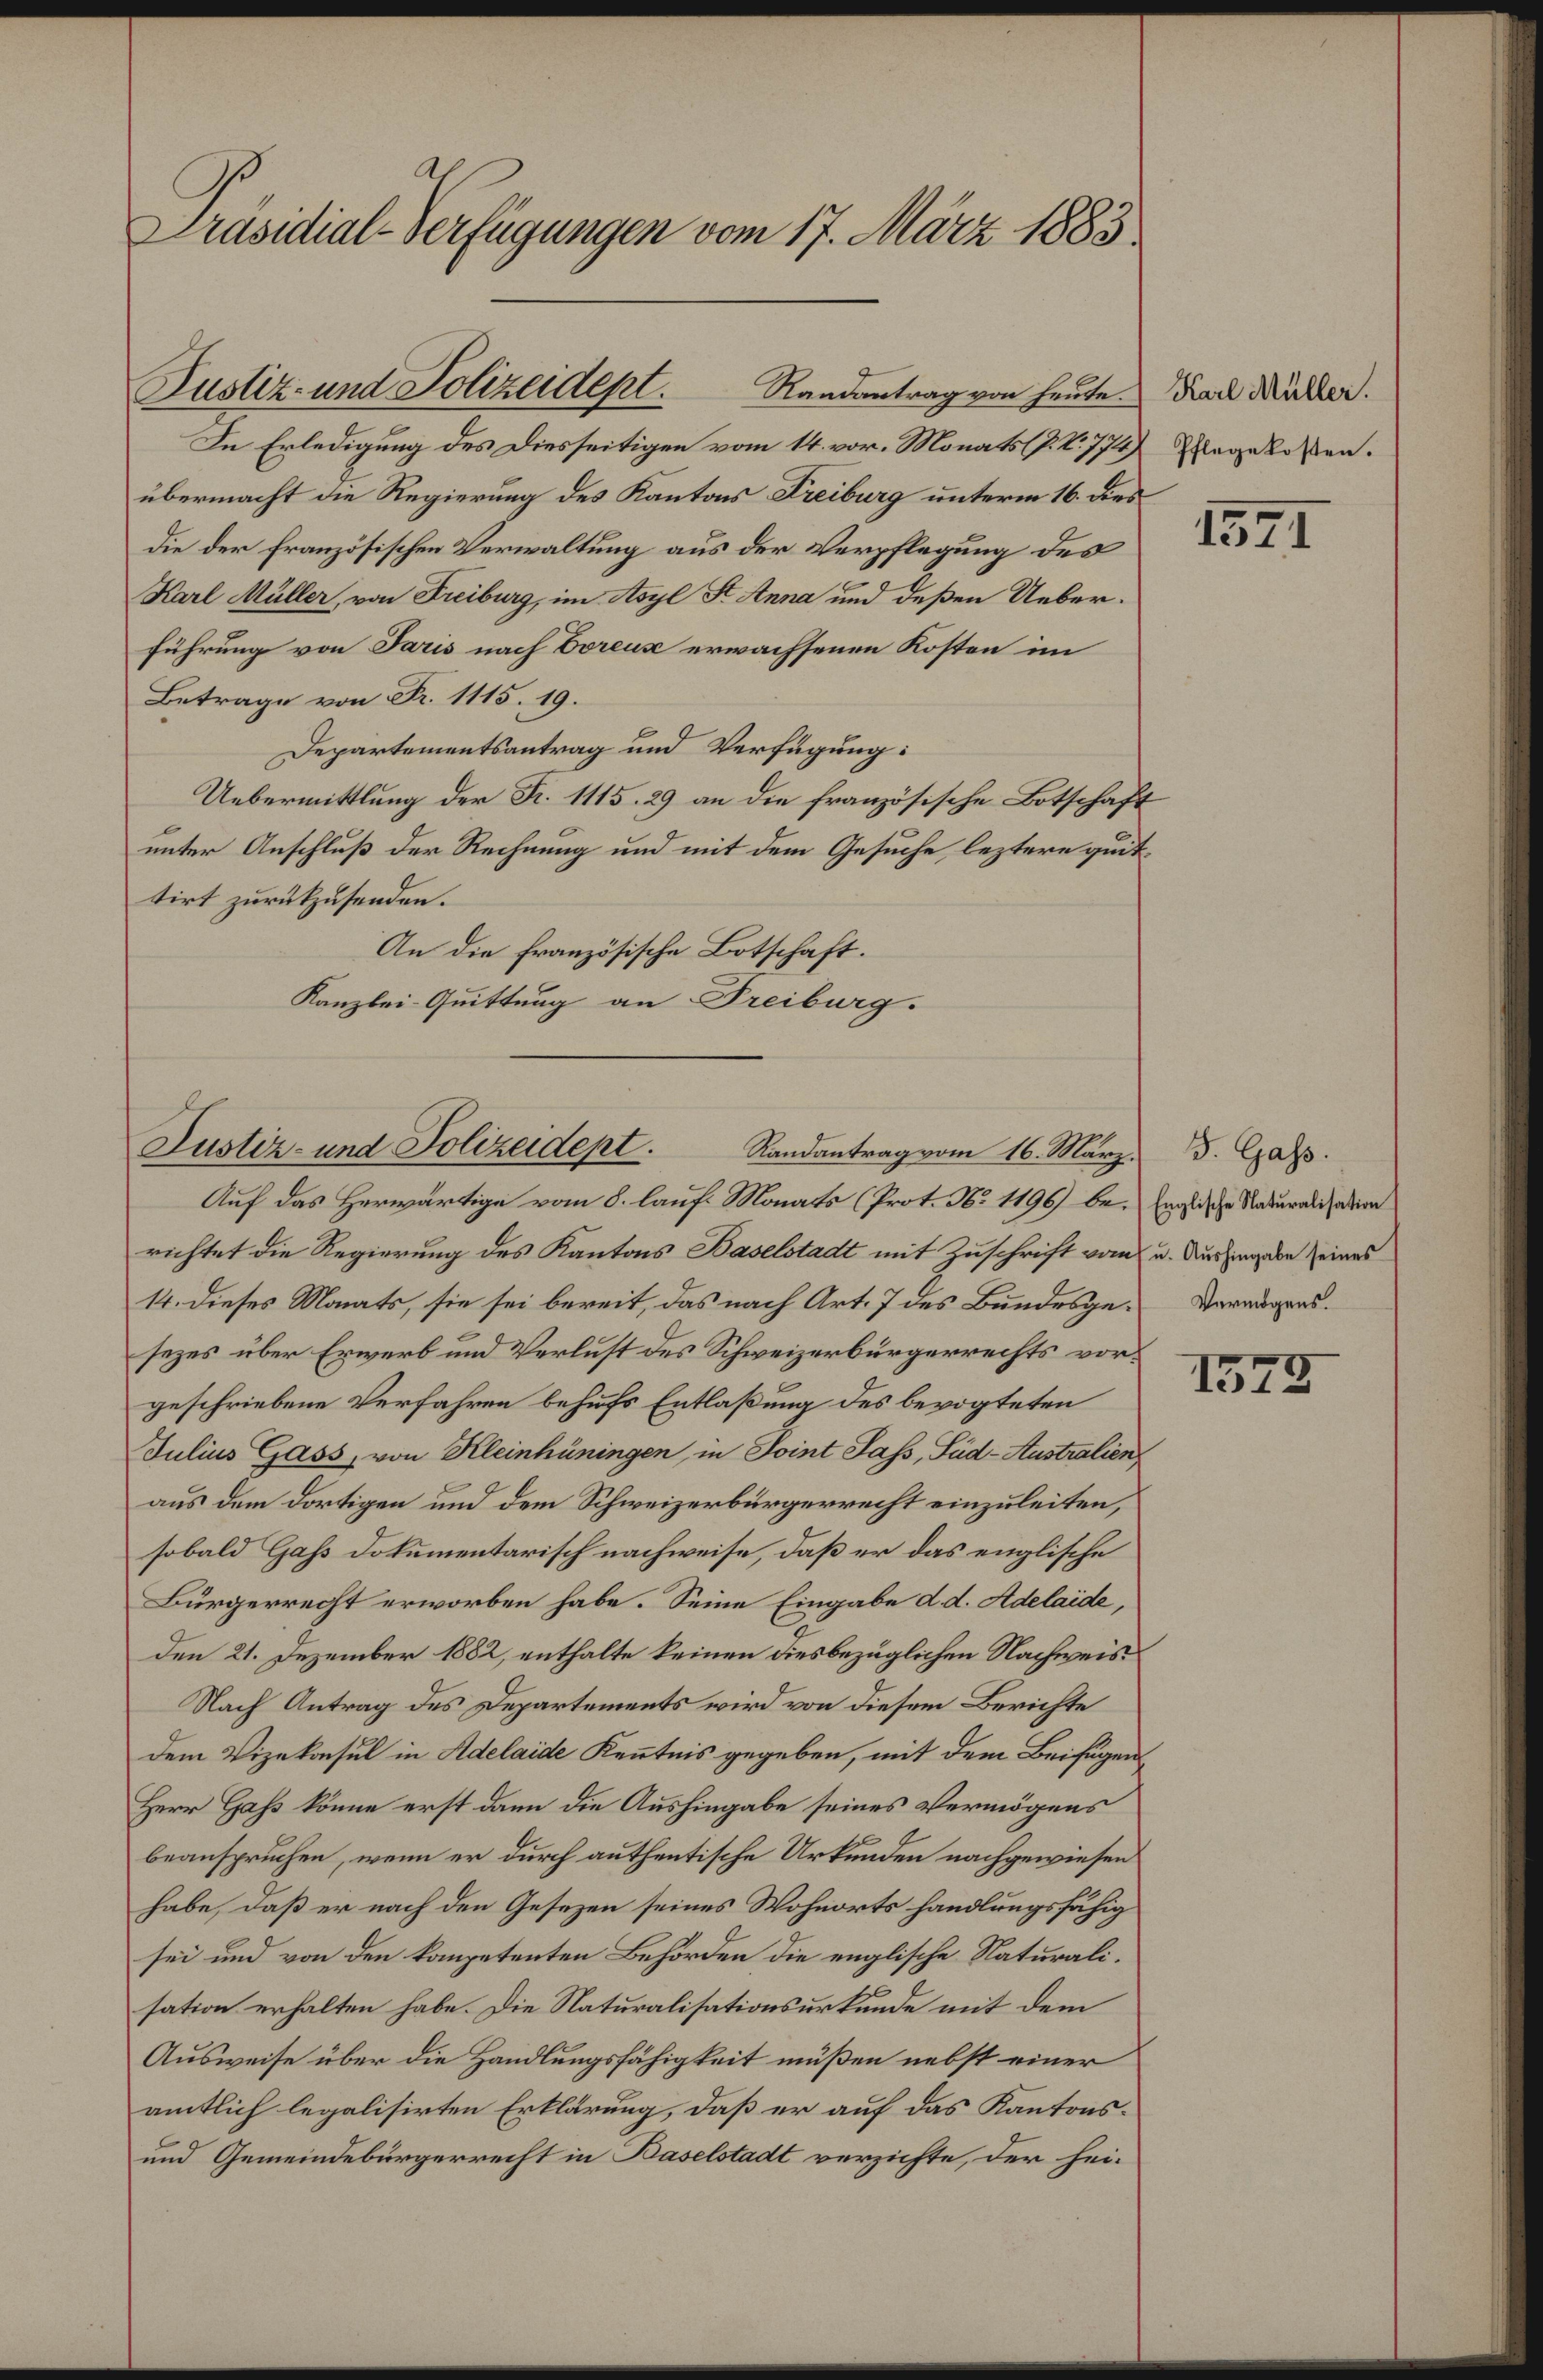
A
Präsidial-Verfügungen vom 17. März 1883.

In Erledigung des Diesseitigen vom 14. vor. Monats (P. Nr. 774)
übermacht die Regierung des Kantons Freiburg unterm 16. dies
die der französischen Verwaltung aus der Verpflegung des
Karl Müller, von Freiburg, im Asyl St. Anna und deßen Ueberführung von Paris nach Boreux erwachsenen Kosten im
Betrage von Fr. 1115. 19.
Departementsantrag und Verfügung:
Uebermittlung der Fr. 1115. 29 an die französische Botschaft
unter Anschluß der Rechnung und mit dem Gesuche, leztere quittirt zurückzusenden.
An die französische Botschaft.
Kanzlei-Quittung an Freiburg.

Rustiz- und Polizeidept.
Randantrag von heute. Karl Müller.

Justiz- und Polizeidept. Randantrag vom 16. März d. Gass

Pflegekosten.

Auf das Herwärtige vom 8. lauf. Monats (Prot. No 1196) bei Englische Naturalisation
richtet die Regierung des Kantons Baselstadt mit Zuschrift vom u. Aushingabe seines
14. dieses Monats, sie sei bereit, das nach Art. 7 des Bundesge-Vermögenssezes über Erwerb und Verlust des Schweizerbürgerrechts vorgeschriebene Verfahren behufs Entlaßung des bevogteten
Julius Gass, von Kleinhüningen in Point Sass, Süd-Australien
aus dem dortigen und dem Schweizerbürgerrecht einzuleiten,
sobald Gas Dokumentarisch nachweise, daß er das englische
Bürgerrecht erworben habe. Seine Eingabe d. d. Adelaide,
den 21. Dezember 1882, enthalte keinen diesbezüglichen Nachweis
Nach Antrag des Departements wird von diesem Berichte
dem Vizekonsul in Adelaide Kenntnis gegeben, mit dem Beifügen
Herr Gass könne erst dann die Aushingabe seines Vermögens
beanspruchen, wenn er durch authentische Urkunden nachgewiesen
habe, daß er nach den Gesezen seines Wohnorts handlungsfähig
sei und von den kompetenten Behörden die englische Naturalisation erhalten habe. Die Naturalisationsurkunde mit dem
Ausweise über die Handlungsfähigkeit müßen nebst einer
amtlich legalisirten Erklärung, daß er auf das Kantons-
und Gemeindebürgerrecht in Baselstadt verzichte, der hei¬

1571

1575